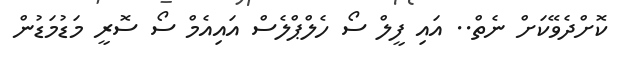
ކޮށްދެވޭކަށް ނެތް.. އައި ފީލް ސޯ ހެލްޕްލެސް އައިއެމް ސޯ ސޮރީ މަޑުމަޑުން